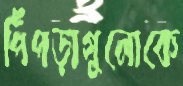
পিঁপড়াগুলোকে